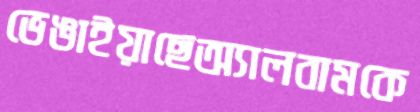
ভেঙাইয়াছেঅ্যালবামকে